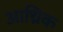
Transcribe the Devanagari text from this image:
आथ्रिक